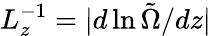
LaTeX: L_{z}^{-1}=|d\ln\tilde{\Omega}/dz|